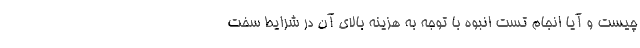
چیست و آیا انجام تست انبوه با توجه به هزینه بالای آن در شرایط سخت